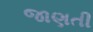
જાણતી